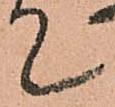
て